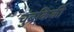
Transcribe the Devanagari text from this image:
चुंबकिकी